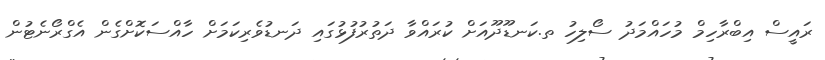
ރައީސް އިބްރާހިމް މުހައްމަދު ސޯލިހު ތ.ކަނޑޫދޫއަށް ކުރައްވާ ދަތުރުފުޅުގައި ދަނޑުވެރިކަމަށް ހާއްސަކޮށްގެން އެގްރޯނެޓުން